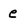
Character: e